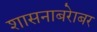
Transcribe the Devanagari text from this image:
शासनाबरेाबर